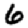
Digit: 6